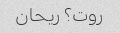
روت؟ ریحان